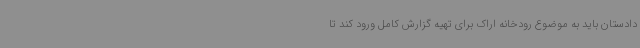
دادستان باید به موضوع رودخانه اراک برای تهیه گزارش کامل ورود کند تا